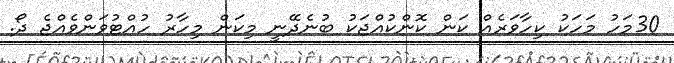
30މަހު މަހަކު ކިހާވަރެއް ކަން ކޮންކުއްޖަކު ބުނެދޭނީ މިކަން މިހާރު ހުއްޓުވަންވެއްޖެ ދޯ.